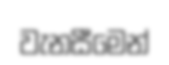
වැනසීමෙන්